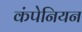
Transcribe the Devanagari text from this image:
कंपेनियन